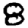
Digit: 8